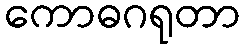
ကောဓဂရုတာ